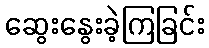
ဆွေးနွေးခဲ့ကြခြင်း